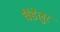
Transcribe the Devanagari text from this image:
चैंडेलुर